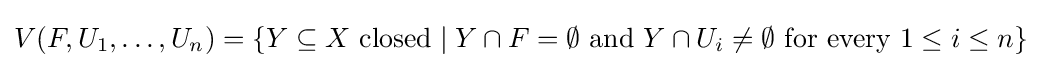
V(F,U_{1},\ldots ,U_{n})=\{Y\subseteq X{\text{ closed}}\mid Y\cap F=\emptyset {\text{ and }}Y\cap U_{i}\neq \emptyset {\text{ for every }}1\leq i\leq n\}